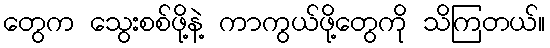
တွေက သွေးစစ်ဖို့နဲ့ ကာကွယ်ဖို့တွေကို သိကြတယ်။